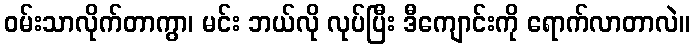
ဝမ်းသာလိုက်တာကွာ၊ မင်း ဘယ်လို လုပ်ပြီး ဒီကျောင်းကို ရောက်လာတာလဲ။